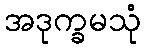
အဒုက္ခမသုံ